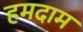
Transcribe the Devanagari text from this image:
हमदाम